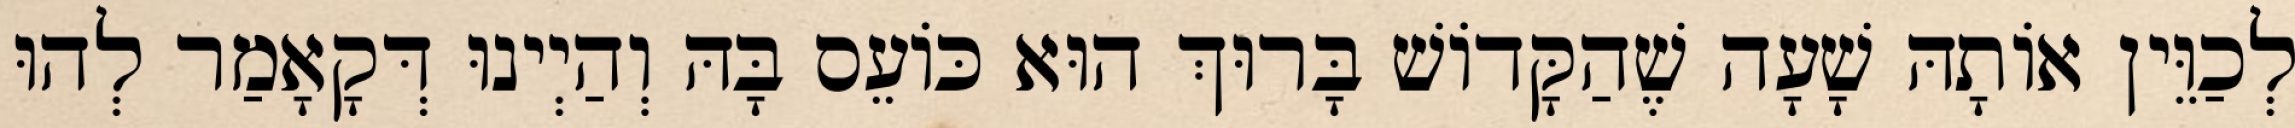
לְכַוֵּין אוֹתָהּ שָׁעָה שֶׁהַקָּדוֹשׁ בָּרוּךְ הוּא כּוֹעֵס בָּהּ וְהַיְינוּ דְּקָאָמַר לְהוּ